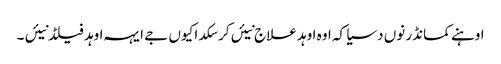
اوہنے کمانڈر نوں دسیا کہ اوہ اوہد علاج نیئں کر سکدا کیوں جے ایہہ اوہد فیلڈ نیئں ۔